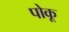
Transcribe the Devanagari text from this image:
पोकू